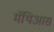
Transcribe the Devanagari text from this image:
मॅथिआस